Annual report on the working of the lock hospitals in the Central Provinces
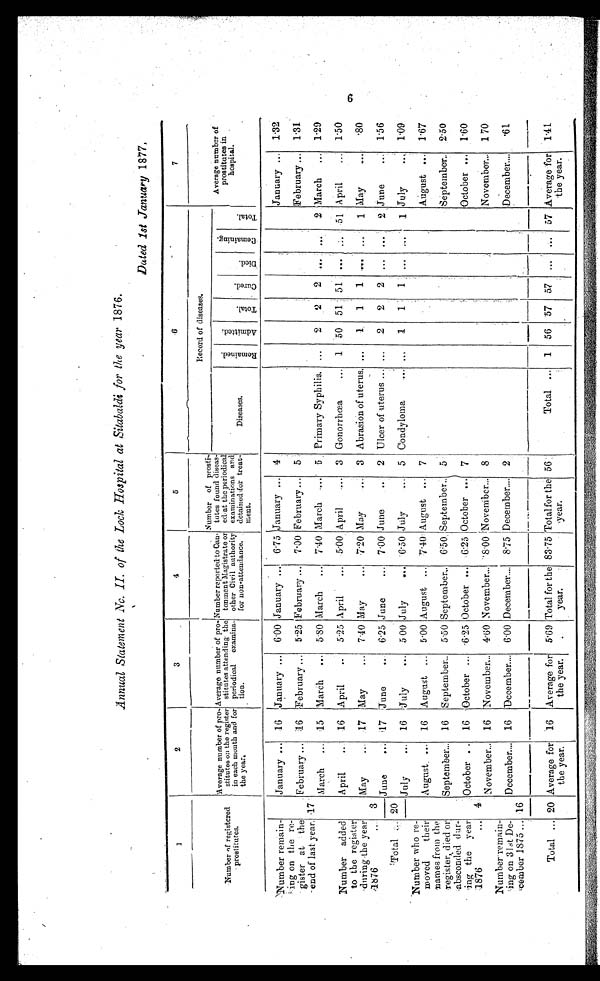
Annual Statement No. II. of the Lock .Hospital at Sitabaldi for the year 1876.
Dated 1st January 1877.
1
2
3
4
5
6
7
Number of registered
prostitutes.
Average number of pro
- stitutes on the register
in each month and for
the year.
Average number of pro-
stitutes attending the
periodical
examina-
tion.
Number reported. to Can
- tonment Magistrate or
other Civil authority
for non-attendance.
Number of prosti-
tutes found diseas-
ed at the periodical
examinations and
detained for treat-
meat.
Record of diseases.
Average number of
prostitutes in
hospital.
Diseases.
R e m a i n e d .
A d m i t t e d .
T o t a l .
C u r e d .
D i e d .
R e m a i n i n g .
T o t a l .
'Number remain-
ing on the re-
gister at the
end of last year.
January ... 16 'January ... 6.00 January ... 6 . 75 January ...
4
January ... 1·32
17
February ... 16 February... 5 . 25 February ... 7 . 00 February ...
February ... 1·31
March
... 15 March
... 5 . 80 March
... 7 .40 March
... 5 Primary Sypbilis. ...
2
2
2 ... ...
2 March ... 1·29
Number added
to the register
during the year
1876
April
..
16 April
..
5 .25 April
... 5.00 April
...
3 Gonorrbœa
... 1 50 51 51
. . . ... 51 April
... 1·50
3
May
17 May
... 7 .40 May
... 7.20 May ... 3 Abrasion of uterus
.
...
1
1
1 ...
. . .
1 May
...
·80
20
June... 17 June
... 6 .25 June
... 7 .00 J u n e . .
2 Ulcer . of uterus ... ...
2
2
2 ... ...
2 June ... 1 .56
Total
July
... 16
J u l y . . . 5 00 July
... 6. 50 July
... 5 Condyloma ...
. . .
1
1
1 ...
. . .
1 July
. . .
1·09
Number who re
moved their
names from the
register, died or
absconded dur
ing the year
1876
...
August. ... 16 August ... 5 .00 August ... 7 .40 August ... 7
August ... 1·67
September... 16 September.. 5·50 September ... 6 .50. September.. 5
September.. 2·50
4
October .. 16 October ... 6 . 25 October ... 6·25 October ... 7
October ... 1·60
November... 16 November. ... 4.60 November...
8 · 0 0
November... 8
November... 1 70
Number remain
ing on 31st. De
cember 1875 ... 16
December. ... 16 December. ... 6 .00 December.... 8 .75 December....
2
December...
·61
Total ... 20 Average for
the year.
16 Average for
the year.
5·69 Total for the
year.
83·75 Total for the
year.
56
Total ...
1 56 57 57 ... ...
57 Average for
the year.
1·41